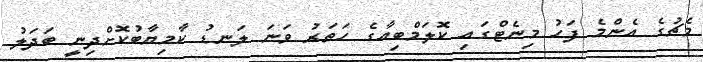
މެޗުގެ އެންމެ ފަހު މިނެޓްގައި ކޮލަމްބިއާގެ ހަތަރު ވަނަ ލަނޑު ކާމިޔާބުކޮށްދިނީ ބަދަލު